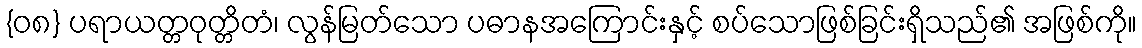
{၀၈} ပရာယတ္တဝုတ္တိတံ၊ လွန်မြတ်သော ပဓာနအကြောင်းနှင့် စပ်သောဖြစ်ခြင်းရှိသည်၏ အဖြစ်ကို။